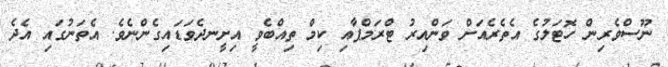
ނޫސްވެރިން ހޮޓަލުގެ އެތެރެއަށް ވަންއިރު ޓްރަމްޕާއި ކިމް ތިއްބެވީ އިށީނދެވަޑައިގެންނެވެ. އެތަނުގައި އެދެ